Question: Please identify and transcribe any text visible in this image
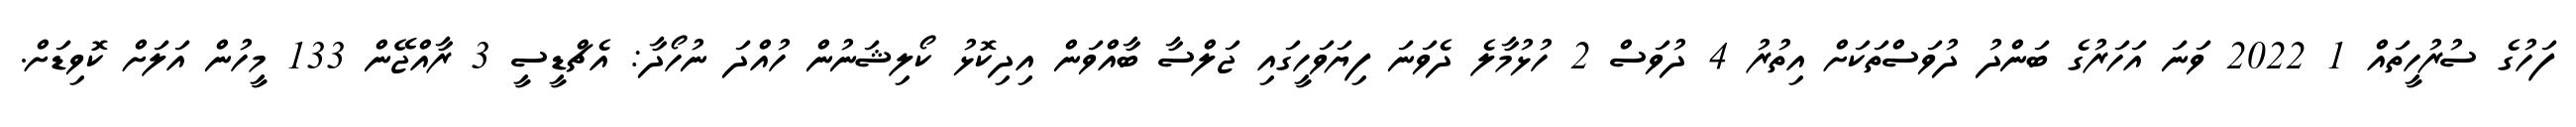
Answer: ފަހުގެ ސުރުހީތައް 1 2022 ވަނަ އަހަރުގެ ބަންދު ދުވަސްތަކަށް އިތުރު 4 ދުވަސް 2 ހުޅުމާލެ ދެވަނަ ފިޔަވަހީގައި ޖަލްސާ ބާއްވަން އިދިކޮޅު ކޯލިޝަނުން ހުއްދަ ނުހޯދާ: އެޗްޑީސީ 3 ރާއްޖޭން 133 މީހުން އަލަށް ކޮވިޑަށް.